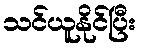
သင်ယူနိုင်ပြီး